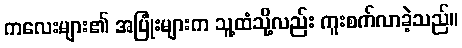
ကလေးများ၏ အပြုံးများက သူ့ထံသို့လည်း ကူးစက်လာခဲ့သည်။